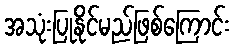
အသုံးပြုနိုင်မည်ဖြစ်ကြောင်း